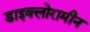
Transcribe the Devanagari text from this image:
डाइक्लोरामीन